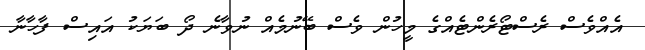
އެއްވެސް ރެސްޓޯރެންޓެއްގެ މީހުން ވެސް ބޭނުމެއް ނުވާނެ ދޯ ބަޔަކު އައިސް ފާހާނާ